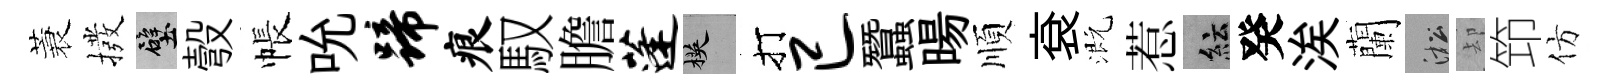
蓑撥壁彀帳吮蹄痕馭膽蓬楧打已蠶暘順袞溉惹紜癸涘蘭淞却笻仿